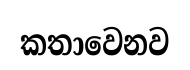
කතාවෙනව